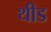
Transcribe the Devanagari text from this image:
थीड